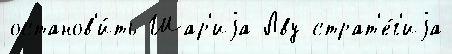
останов'и́ть Шар'иjа Лву страт'е́г'иjа